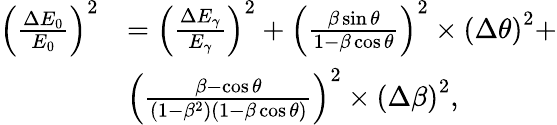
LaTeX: \begin{array}{rl}{\left(\frac{\Delta{E_{0}}}{E_{0}}\right)^{2}}&{=\left(\frac{\Delta E_{\gamma}}{E_{\gamma}}\right)^{2}+\left(\frac{\beta\sin\theta}{1-\beta\cos\theta}\right)^{2}\times\left(\Delta\theta\right)^{2}+}\\ &{\left(\frac{\beta-\cos\theta}{\left(1-\beta^{2}\right)\left(1-\beta\cos\theta\right)}\right)^{2}\times\left(\Delta\beta\right)^{2},}\end{array}